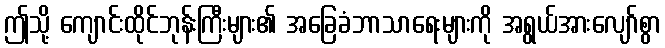
ဤသို့ ကျောင်းထိုင်ဘုန်းကြီးများ၏ အခြေခံဘာသာရေးများကို အရွယ်အားလျော်စွာ